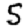
Digit: 5